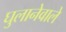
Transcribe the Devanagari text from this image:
घुलानेवाले